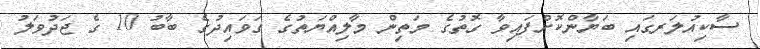
ސާކިއުލަރގައި ބަޔާންކޮށްފައިވާ ގޮތުގެ މަތިން މާލިއްޔަތުގެ ގަވައިދުގެ ބާބު 10 ގެ ޖަދުވަލު